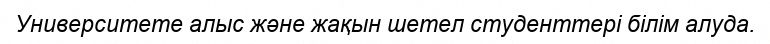
Университете алыс және жақын шетел студенттері білім алуда.